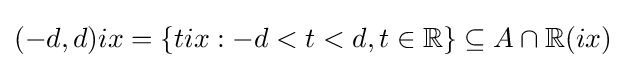
(-d,d)ix=\{tix:-d<t<d,t\in \mathbb {R} \}\subseteq A\cap \mathbb {R} (ix)